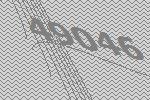
49046